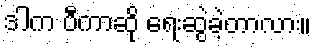
ဒါက ပီကာဆို ရေးဆွဲခဲ့တာလား။